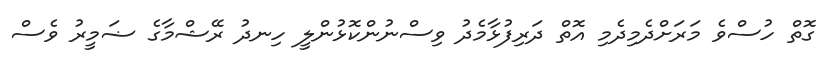
ގޮތް ހުސްވެ މަރަށްދެމިދެމި އޮތް ދަރިފުޅާމެދު ވިސްނުންކޮޅުންލީ ހިނދު ރޭޝްމާގެ ޟަމީރު ވެސް